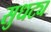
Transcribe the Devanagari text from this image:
सुधट्य